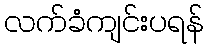
လက်ခံကျင်းပရန်